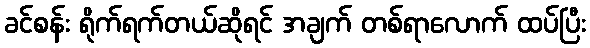
ခင်စန်း ရိုက်ရက်တယ်ဆိုရင် အချက် တစ်ရာလောက် ထပ်ပြီး